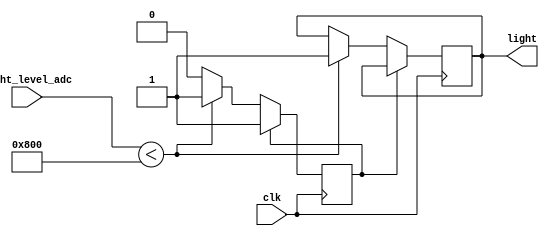
module light_control(
    input wire clk,
    input wire [11:0] light_level_adc,
    output reg light
);

reg current_status;
integer low_light_level = 2048;

always @(posedge clk)
    if (!current_status)
        if (light_level_adc < low_light_level)
            begin
                current_status <= 1;
                light <= 1;
            end

endmodule // light_control